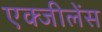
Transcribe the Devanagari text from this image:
एक्जीलेंस